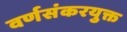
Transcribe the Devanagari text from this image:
वर्णसंकरयुक्त